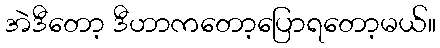
အဲဒီတော့ ဒီဟာကတော့ပြောရတော့မယ်။